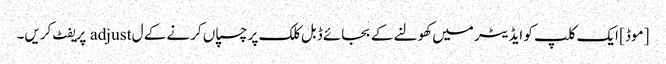
[موڈ] ایک کلپ کو ایڈیٹر میں کھولنے کے بجائے ڈبل کلک پر چسپاں کرنے کے ل adjust پریفٹ کریں۔